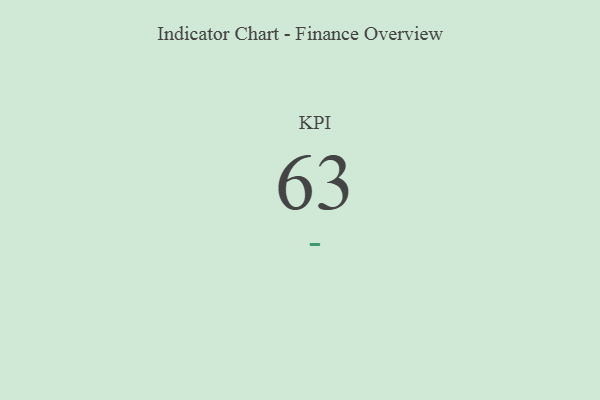
{"axis": {"x": "KPI", "y": "Value"}, "legend": [""], "data": [{"x": "KPI", "y": 63, "type": ""}]}